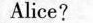
Alice?